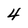
Character: 4